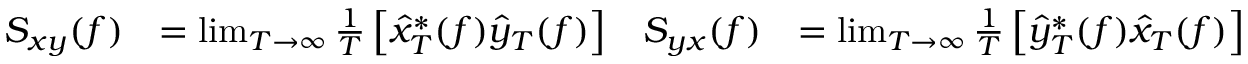
{ \begin{array} { r l r l } { S _ { x y } ( f ) } & { = \operatorname* { l i m } _ { T \to \infty } { \frac { 1 } { T } } \left[ { \hat { x } } _ { T } ^ { * } ( f ) { \hat { y } } _ { T } ( f ) \right] } & { S _ { y x } ( f ) } & { = \operatorname* { l i m } _ { T \to \infty } { \frac { 1 } { T } } \left[ { \hat { y } } _ { T } ^ { * } ( f ) { \hat { x } } _ { T } ( f ) \right] } \end{array} }